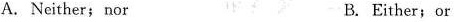
A. Neither;nor B. Either;or